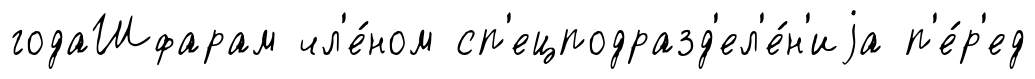
годаШфарам чл'е́ном сп'ецподразд'ел'е́н'иjа п'е́р'ед